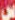
سر